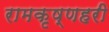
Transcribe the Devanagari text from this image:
रामकृष्णहरी